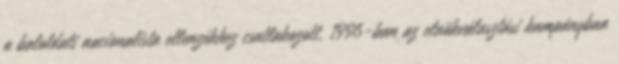
a baloldali nacionalista ellenzékhez csatlakozott, 1996-ban az elnökválasztási kampányban